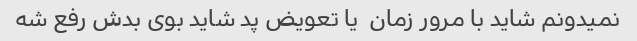
نمیدونم شاید با مرور زمان  یا تعویض پد شاید بوی بدش رفع شه